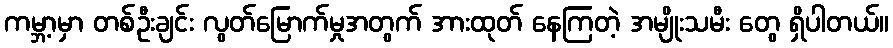
ကမ္ဘာ့မှာ တစ်ဦးချင်း လွတ်မြောက်မှုအတွက် အားထုတ် နေကြတဲ့ အမျိုးသမီး တွေ ရှိပါတယ်။